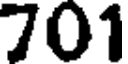
701